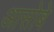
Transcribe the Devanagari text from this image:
आसोबे